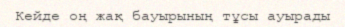
Кейде оң жақ бауырының тұсы ауырады